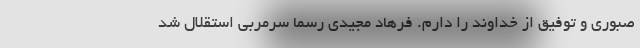
صبوری و توفیق از خداوند را دارم. فرهاد مجیدی رسما سرمربی استقلال شد